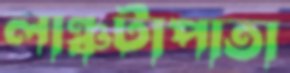
লাঞ্চটাপাতা